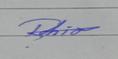
Signature authenticity: genuine